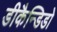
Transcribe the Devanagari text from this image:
डीकैन्डिडो